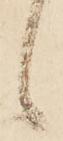
候